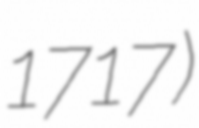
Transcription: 1717)